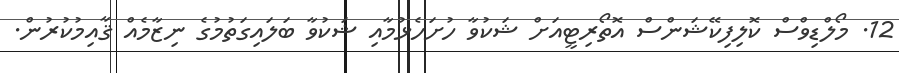
12. މޯލްޑިވްސް ކޮލިފިކޭޝަންސް އޮތޯރިޓީއަށް ޝަކުވާ ހުށަހެޅުމާއި ޝަކުވާ ބަލައިގަތުމުގެ ނިޒާމެއް ޤާއިމުކުރުން.